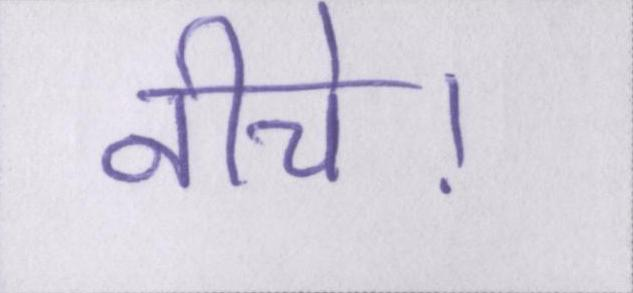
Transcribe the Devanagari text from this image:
नीचे।